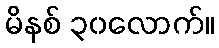
မိနစ် ၃၀လောက်။